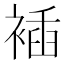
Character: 䙄